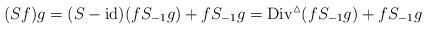
LaTeX: \begin{align*}(Sf)g=(S-\operatorname{id})(fS_{-1}g)+fS_{-1}g=\operatorname{Div}^{\vartriangle}(fS_{-1}g)+fS_{-1}g\end{align*}